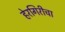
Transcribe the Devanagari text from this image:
हेरगिरीचा